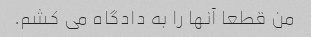
من قطعا آنها را به دادگاه می کشم.